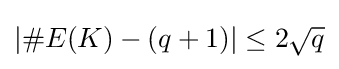
|\#E(K)-(q+1)|\leq 2{\sqrt {q}}